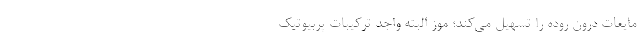
مایعات درون روده را تسهیل می‌کند؛ موز البته واجد ترکیبات پربیوتیک